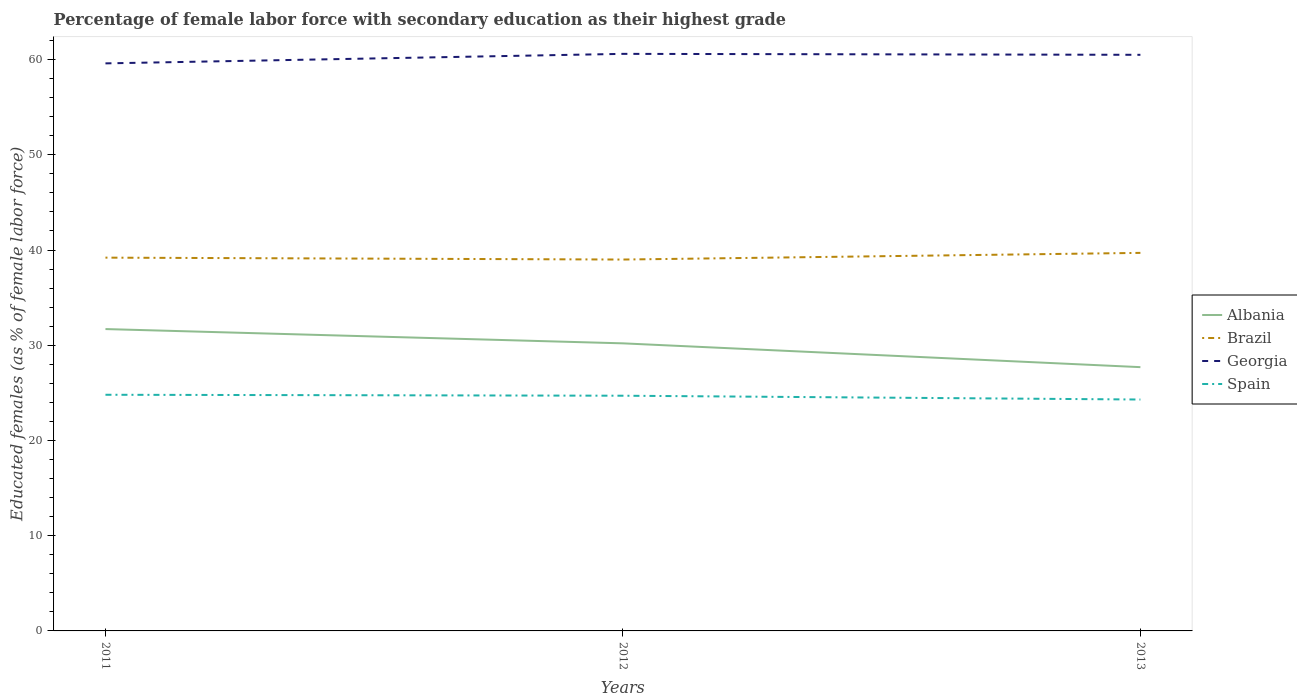
| Years | Albania | Brazil | Georgia | Spain |
 | --- | --- | --- | --- | --- |
 | 2011 | 31.7 | 39.2 | 59.6 | 24.8 |
 | 2012 | 30.2 | 39 | 60.6 | 24.7 |
 | 2013 | 27.7 | 39.7 | 60.5 | 24.3 |